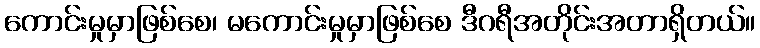
ကောင်းမှုမှာဖြစ်စေ၊ မကောင်းမှုမှာဖြစ်စေ ဒီဂရီအတိုင်းအတာရှိတယ်။